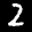
Label: 2